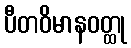
ပီတဝိမာနဝတ္ထု